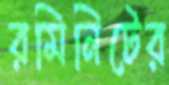
রমিনিটের